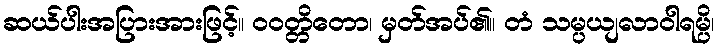
ဆယ်ပါးအပြားအားဖြင့်။ ဝဝတ္တိတော၊ မှတ်အပ်၏။ တံ သမ္ပယျလာဝါရမ္ပိ၊